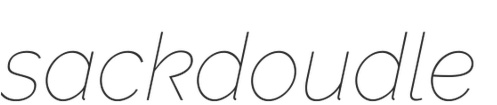
sackdoudle